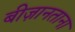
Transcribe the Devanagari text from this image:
बीज़ानताना